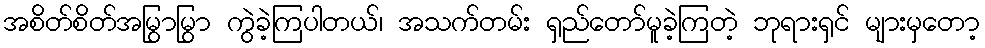
အစိတ်စိတ်အမြွာမြွာ ကွဲခဲ့ကြပါတယ်၊ အသက်တမ်း ရှည်တော်မူခဲ့ကြတဲ့ ဘုရားရှင် များမှတော့